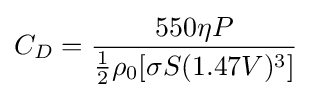
C_{D}={\frac {550\eta P}{{\frac {1}{2}}\rho _{0}[\sigma S(1.47V)^{3}]}}